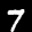
Label: 7